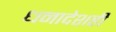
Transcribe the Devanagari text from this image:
धनादेशही